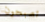
تصبحون